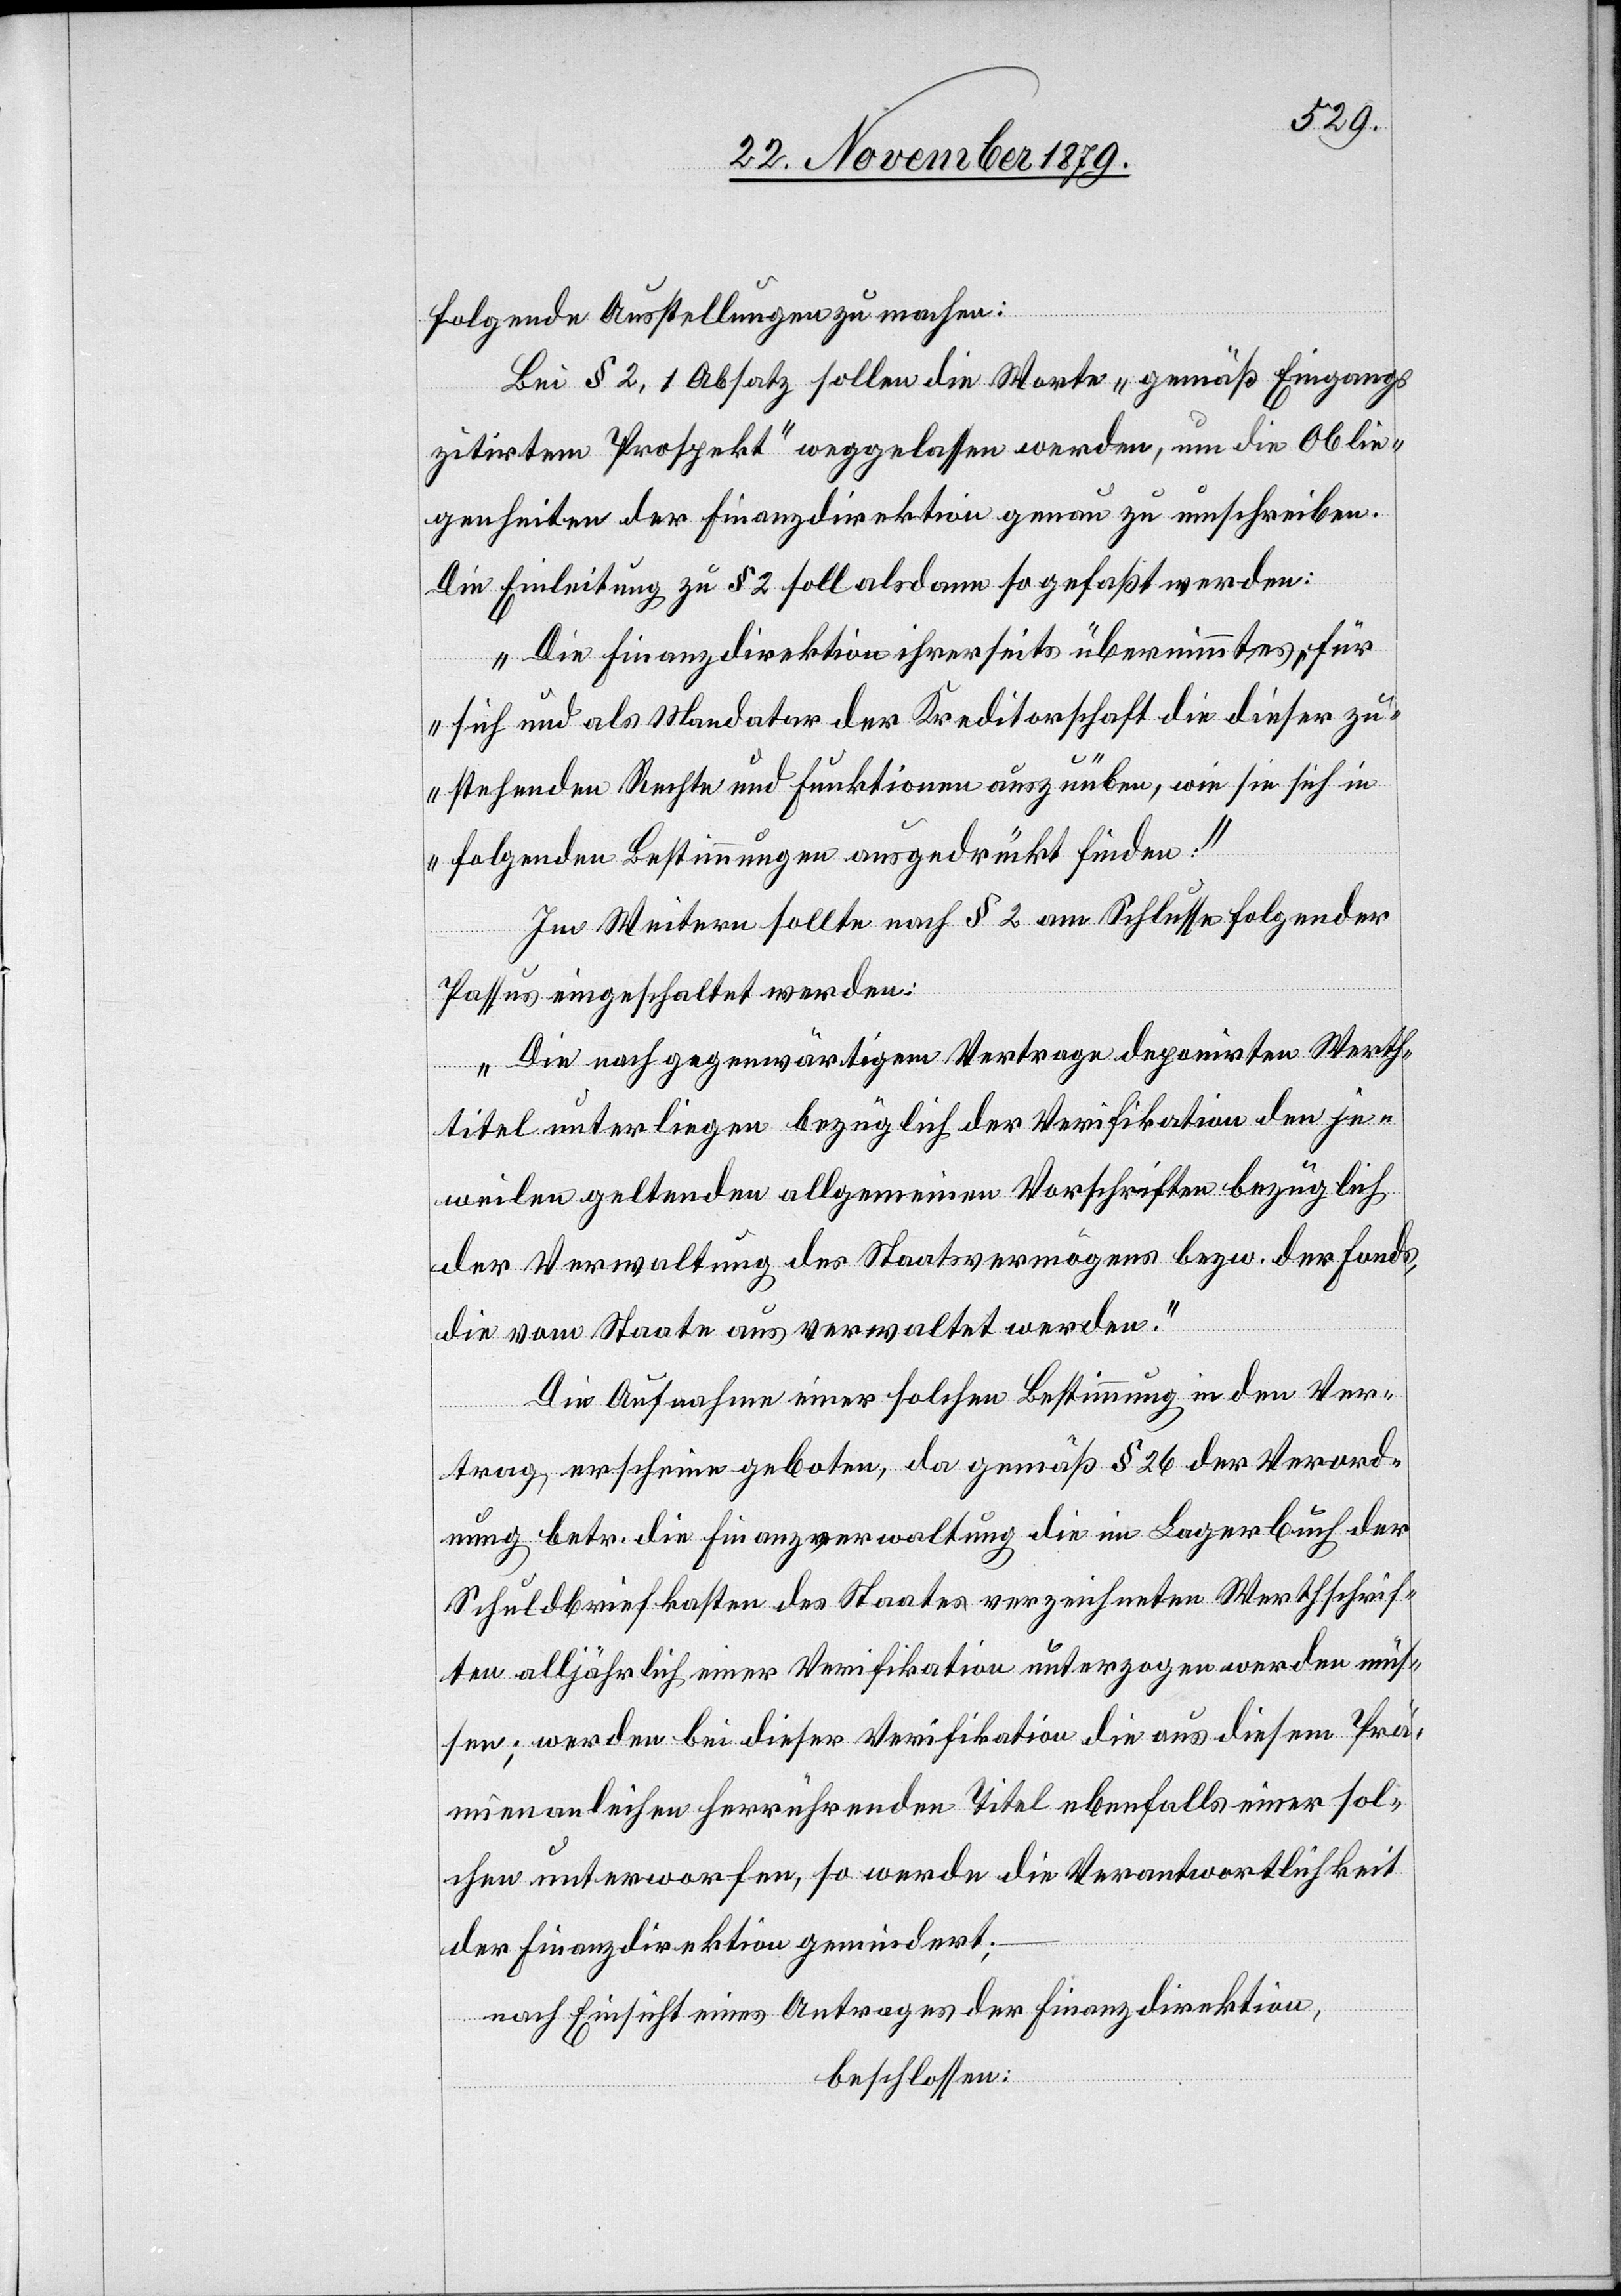
folgende Ausstellungen zu machen:
Bei § 2, 1 Absatz sollen die Worte „gemäß Eingangs
zitirtem Prospekt“ weggelassen werden, um die Oblie¬
genheiten der Finanzdirektion genau zu umschreiben.
Die Einleitung zu § 2 soll alsdann so gefaßt werden:
„Die Finanzdirektion ihrerseits übernimmt es, für
sich und als Mandator der Kreditorschaft die dieser zu¬
stehenden Rechte und Funktionen auszuüben, wie sich in
folgenden Bestimmungen ausgedrückt finden:“
Im Weitern sollte nach § 2 am Schlusse folgender
Passus eingeschaltet werden:
„Die nach gegenwärtigem Vertrage deponirten Werth¬
titel unterliegen bezüglich der Verifikation den je¬
weilen geltenden allgemeinen Vorschriften bezüglich
der Verwaltung des Staatsvermögens bezw. der Fonds,
die vom Staate aus verwaltet werden.“
Die Aufnahme einer solchen Bestimmung in den Ver¬
trag erscheine geboten, da gemäß § 26 der Verord¬
nung betr. die Finanzverwaltung die im Lagerbuch der
Schuldbriefkasten des Staates verzeichneten Werthschrif¬
ten alljährlich einer Verifikation die aus diesem Prämienanleihen
solchen unterworfen, so werde die Verantwortlichkeit
der Finanzdirektion gemindert;
nach Einsicht eines Antrages der Finanzdirektion,
beschlossen: